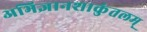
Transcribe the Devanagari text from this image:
अभिज्ञानशाकुंतलम्‌